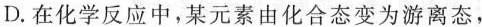
D.在化学反应中，某元素由化合态变为游离态，